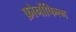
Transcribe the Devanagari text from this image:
फ़ोनोंफिल्म